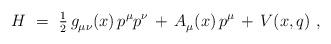
LaTeX: \begin{align*} H~=~{\textstyle \frac{1}{2}} \, g_{\mu\nu}^{}(x) \, p^\mu p^\nu \, + \, A_\mu^{}(x) \, p^\mu \, + \, V(x,q)~, \end{align*}